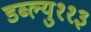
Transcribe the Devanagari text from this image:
डब्ल्यु११३